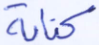
كتابة